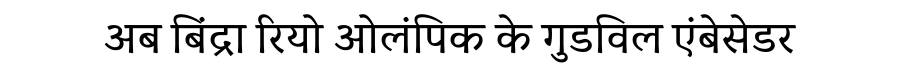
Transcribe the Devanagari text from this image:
अब बिंद्रा रियो ओलंपिक के गुडविल एंबेसेडर